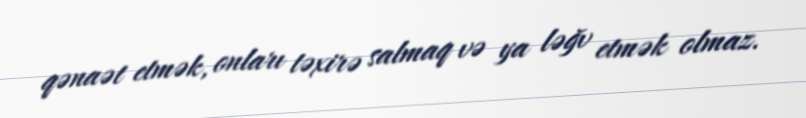
qənaət etmək, onları təxirə salmaq və ya ləğv etmək olmaz.